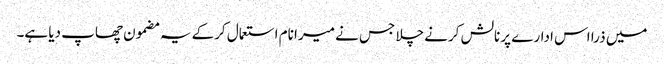
میں ذرا اس ادارے پر نالش کرنے چلا جس نے میرا نام استعمال کرکے یہ مضمون چھاپ دیا ہے۔